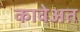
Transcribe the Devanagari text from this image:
कावेअत